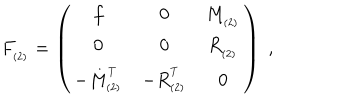
LaTeX: F _ { _ { ( 2 ) } } = \left( \begin{array} { c c c } { { f } } & { { 0 } } & { { M _ { _ { ( 2 ) } } } } \\ { { 0 } } & { { 0 } } & { { R _ { _ { ( 2 ) } } } } \\ { { - M _ { _ { ( 2 ) } } ^ { ^ T } } } & { { - R _ { _ { ( 2 ) } } ^ { ^ T } } } & { { 0 } } \\ \end{array} \right) \; ,